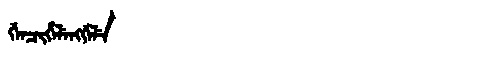
Manchu: ᡤᡝᠨᠴᡳᡥᡝᠯᡝᠩᡤᡝᠯᡝ
Romanization: GENCIHELENGGELE